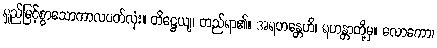
ရှည်မြင့်စွာသောကာလပတ်လုံး။ တိဋ္ဌေယျ၊ တည်ရာ၏။ အရဟန္တေဟိ၊ ရဟန္တာတို့မှ။ လောကော၊